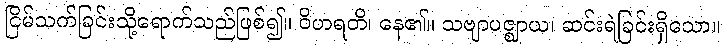
ငြိမ်သက်ခြင်းသို့ရောက်သည်ဖြစ်၍။ ဝိဟရတိ၊ နေ၏။ သဗျာပဇ္ဈာယ၊ ဆင်းရဲခြင်းရှိသော။